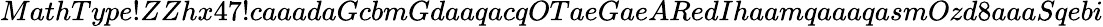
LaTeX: MathType!ZZhx47!caaadaGcbmGdaaqacqOTaeGaeARedIhaamqaaaqasmOzd8aaaSqebi